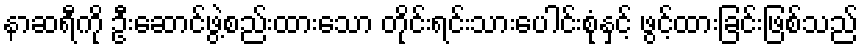
နာဆရီကို ဦးဆောင်ဖွဲ့စည်းထားသော တိုင်းရင်းသားပေါင်းစုံနှင့် ဖွင့်ထားခြင်းဖြစ်သည်